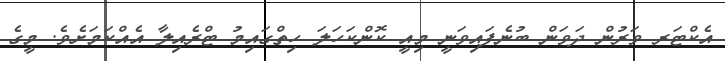
އެކްޓަރ ވަރުން ދަވަން ބުނެފައިވަނީ މިއީ ކޮންކަހަލަ ހިތްގައިމު ޓްރެއިލާ އެއްކަމަށެވެ. މީގެ